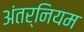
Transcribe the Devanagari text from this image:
अंतर्नियम